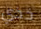
خذي